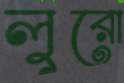
লুরো